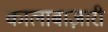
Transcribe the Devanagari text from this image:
कालाबाज़ारी